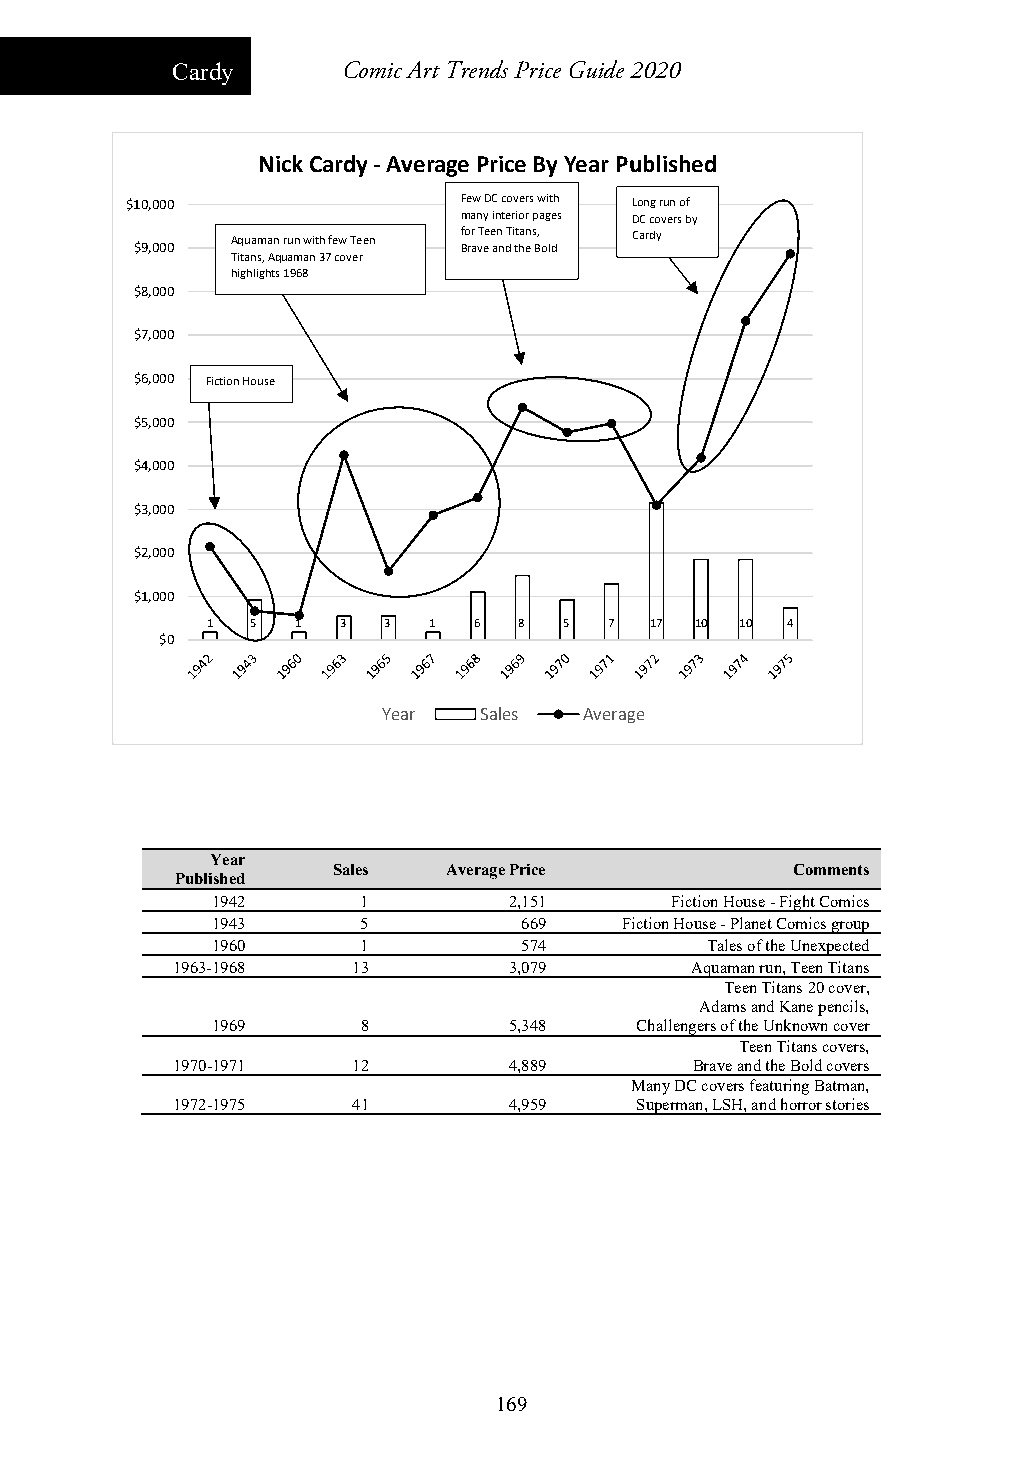
Cardy       Comic Art Trends Price Guide 2020
 Nick Cardy ‐Average Price By Year Published
 $10,000                Few DC covers with Long run of
 many interior pages DC covers by
 $9,000 Aquaman run with few Teen f Bo rr a vT ee e an n dT i tt ha en s B, old Cardy
 Titans, Aquaman 37 cover
 highlights 1968
 $8,000
 $7,000
 $6,000 Fiction House
 $5,000
 $4,000
 $3,000
 $2,000
 $1,000
 1  5  1  3  3 1  6  8  5  7  17 10 10 4
 $0
 Year   Sales  Average
 Year
 Sales   Average Price         Comments
 Published
 1942      1         2,151     Fiction House - Fight Comics
 1943      5          669   Fiction House -Planet Comics group
 1960      1          574         Tales of the Unexpected
 1963-1968   13         3,079       Aquaman run, Teen Titans
 Teen Titans 20 cover,
 Adams and Kane pencils,
 1969      8         5,348   Challengers of the Unknown cover
 Teen Titans covers,
 1970-1971   12         4,889       Brave and the Bold covers
 Many DC covers featuring Batman,
 1972-1975   41         4,959   Superman, LSH, and horror stories
 169